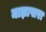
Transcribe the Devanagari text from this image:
माझापारा